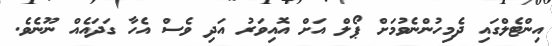
އިންޓެލްގައި ދެމިހުންނެވުމަށް ޕޯލް އަށް އޮއިވަރު އަދި ވެސް އެހާ ގަދައެއް ނޫނެވެ.